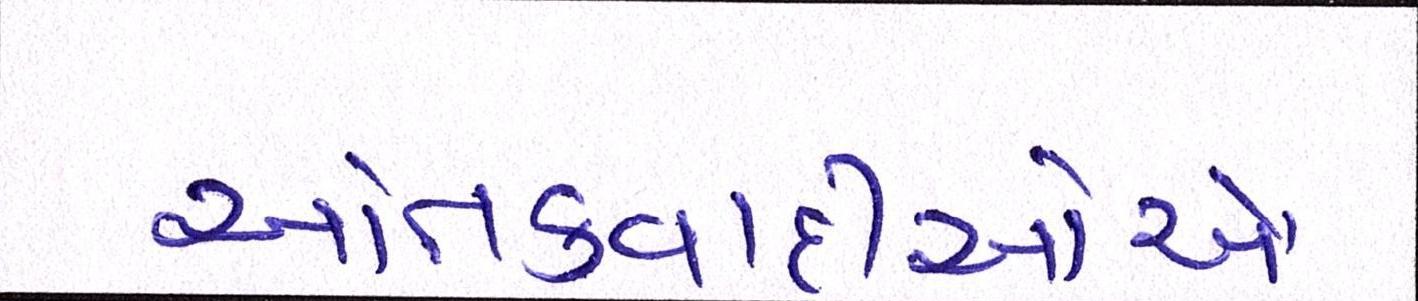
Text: આતંકવાદીઓેએ